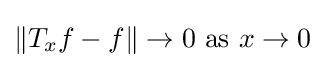
\|T_{x}f-f\|\to 0{\text{ as }}x\to 0